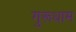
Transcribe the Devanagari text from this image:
गुरूधाम